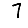
Digit: 7